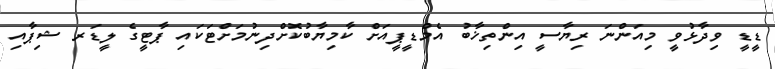
ޑީޑީ ވިދާޅުވީ މިއަންނަ ރިޔާސީ އިންތިޚާބު އެމްޑީޕީއަށް ކާމިޔާބުކޮށްދިނުމަށްޓަކައި ޕާޓީގެ ލީޑަރ ޝިޕާއި